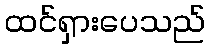
ထင်ရှားပေသည်